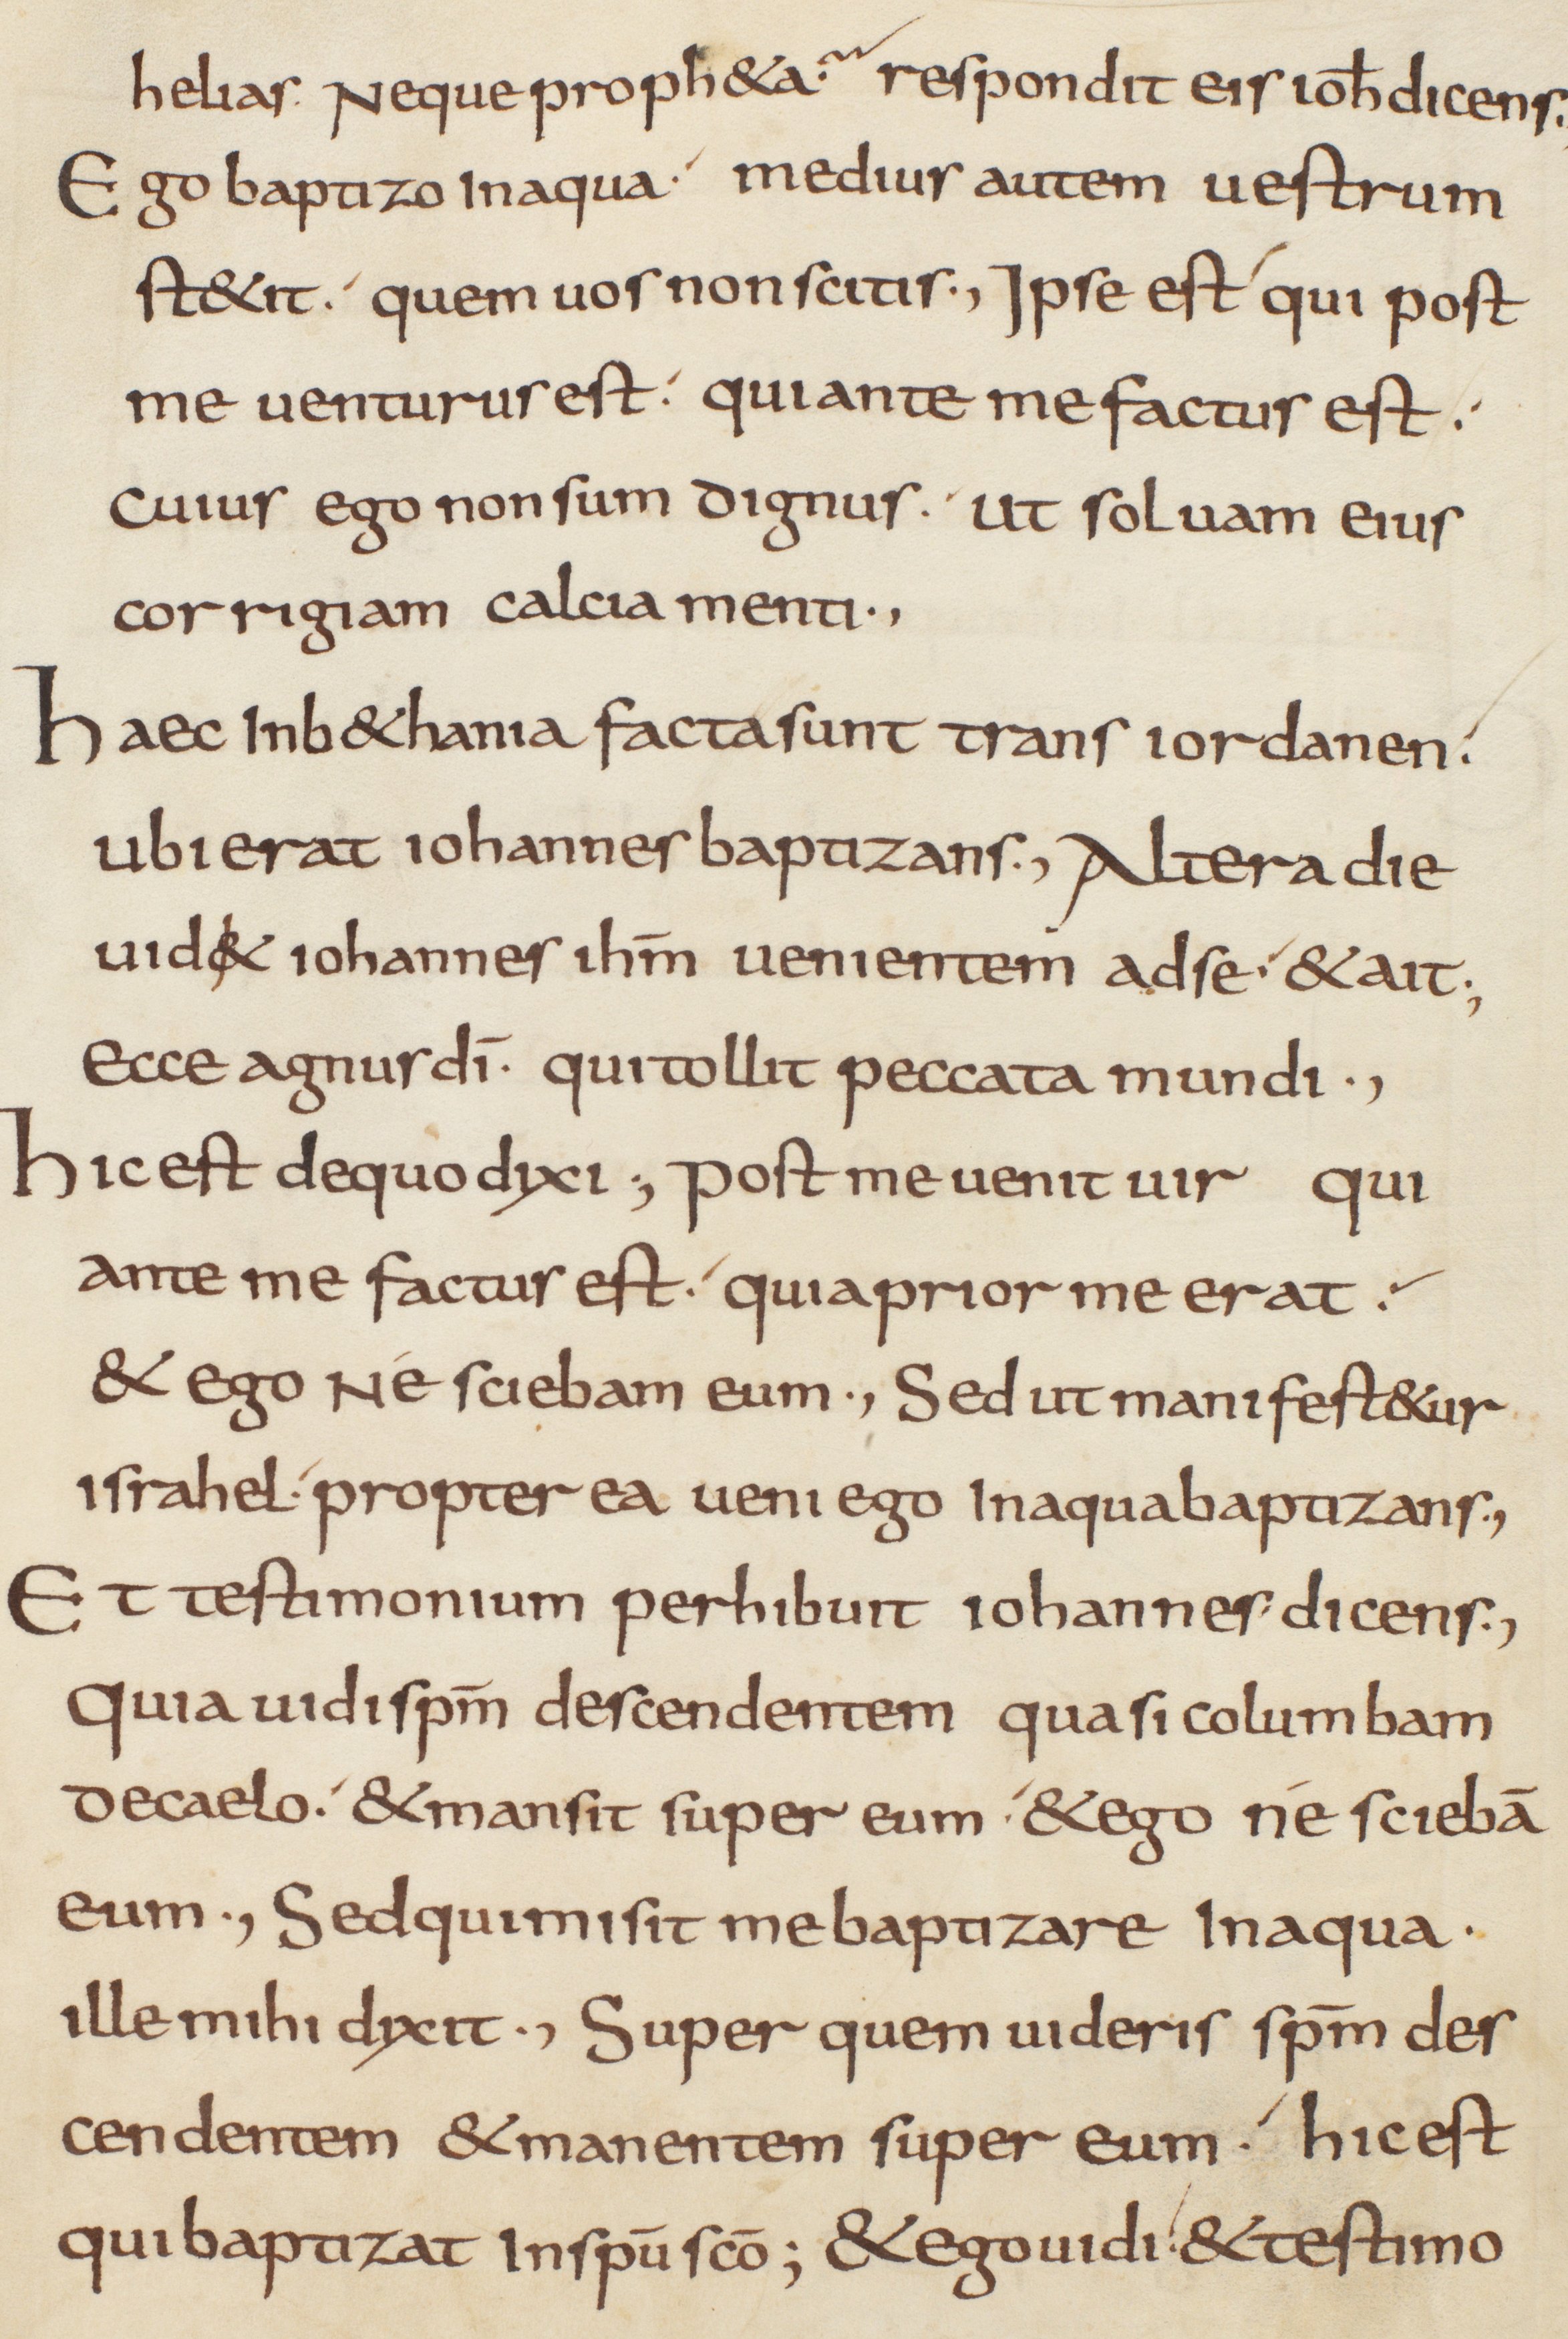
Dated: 825–849